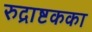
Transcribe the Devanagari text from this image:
रुद्राष्टकका